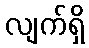
လျက်ရှိ